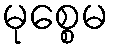
မုစ္စေမ